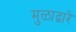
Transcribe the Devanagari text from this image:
मुळाद्वारे